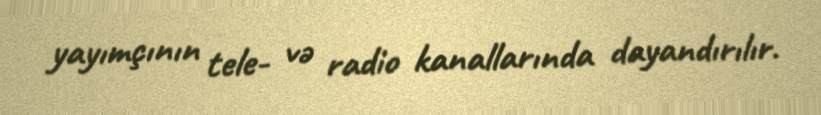
yayımçının tele- və radio kanallarında dayandırılır.